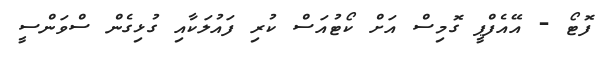
ފޮޓޯ - އޭއެފްޕީ ގޮމިސް އަށް ކޯޓުއަސް ކުރި ފައުލަކާއި ގުޅިގެން ސްވަންސީ